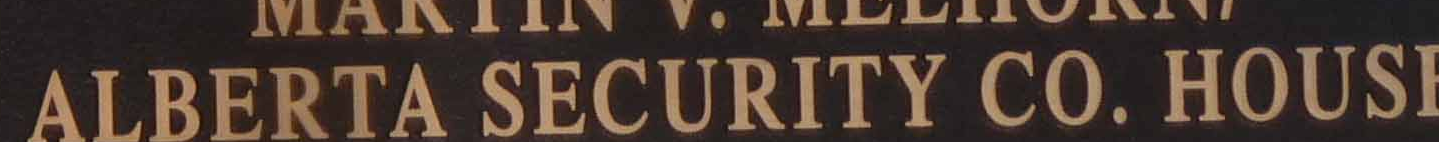
ALBERTA SECURITY CO. HOUSE